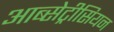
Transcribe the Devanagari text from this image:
आब्सेट्रीसियन